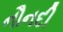
નૌનદી